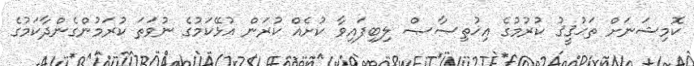
ކޮމިޝަނަށް ތަޙުޤީޤު ކުރުމުގެ އިޚުތިޞާޞް ލިބިފައިވާ ކުށެއް ކުރަން އުޅޭކަމުގެ ނުވަތަ ކުރަމުންގެންދާކަމުގެ